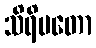
သိရိမတော